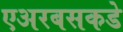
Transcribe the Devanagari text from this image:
एअरबसकडे